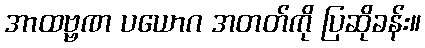
အာထဗ္ဗဏ ပယောဂ အတတ်ကို ပြဆိုခန်း။